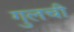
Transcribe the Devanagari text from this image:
गुलची